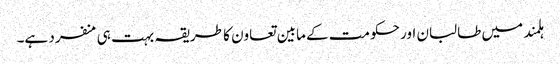
ہلمند میں طالبان اور حکومت کے مابین تعاون کا طریقہ بہت ہی منفرد ہے۔